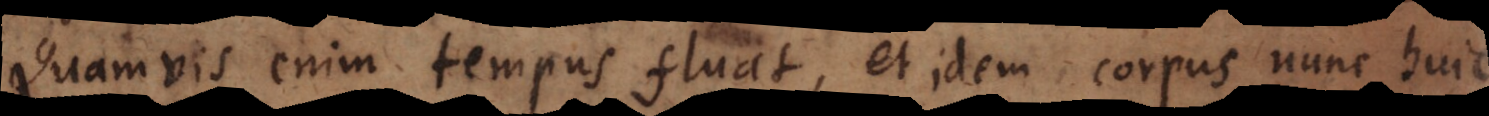
Quamvis enim tempus fluat, et idem corpus nunc huic